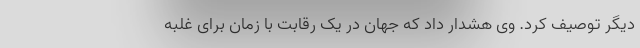
دیگر توصیف کرد. وی هشدار داد که جهان در یک رقابت با زمان برای غلبه